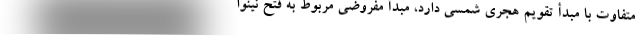
متفاوت با مبدأ تقویم هجری شمسی دارد، مبدأ مفروضی مربوط به فتح نینوا